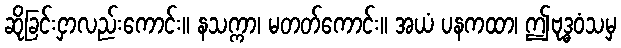
ဆိုခြင်းငှာလည်းကောင်း။ နသက္ကာ၊ မတတ်ကောင်း။ အယံ ပနကထာ၊ ဤဗုဒ္ဓဝံသမှ